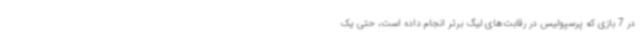
در 7 بازی که پرسپولیس در رقابت‌های لیگ برتر انجام داده است، حتی یک